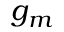
g _ { m }